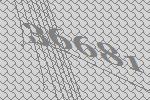
36681